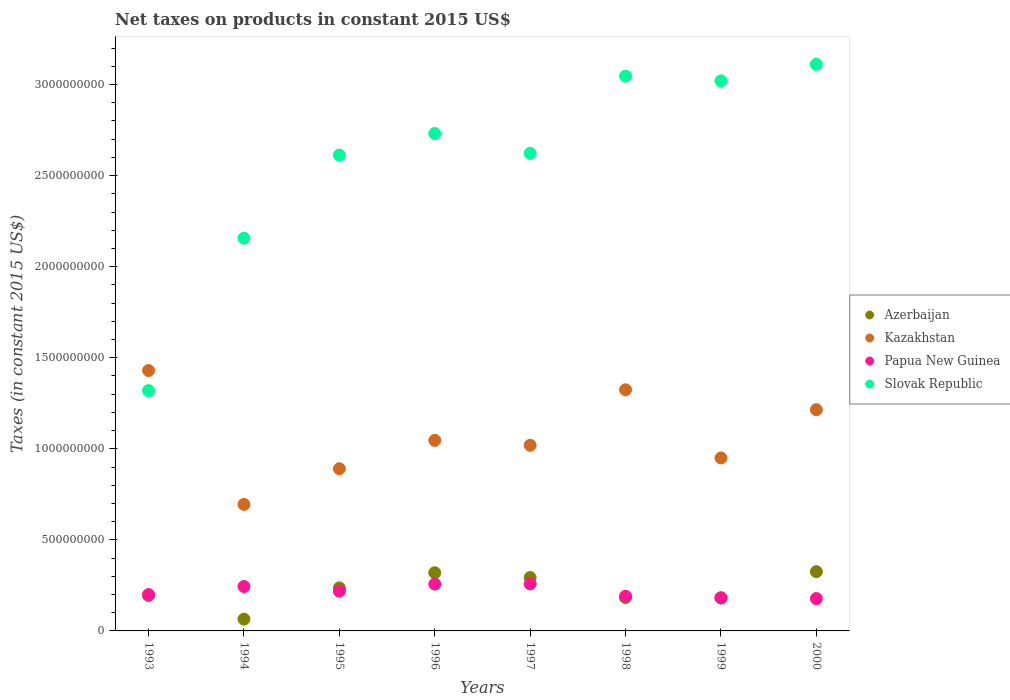
| Years | Azerbaijan | Kazakhstan | Papua New Guinea | Slovak Republic |
 | --- | --- | --- | --- | --- |
 | 1993 | 1.94e+08 | 1.43e+09 | 2e+08 | 1.32e+09 |
 | 1994 | 6.47e+07 | 6.94e+08 | 2.44e+08 | 2.16e+09 |
 | 1995 | 2.36e+08 | 8.91e+08 | 2.19e+08 | 2.61e+09 |
 | 1996 | 3.2e+08 | 1.05e+09 | 2.57e+08 | 2.73e+09 |
 | 1997 | 2.93e+08 | 1.02e+09 | 2.58e+08 | 2.62e+09 |
 | 1998 | 1.83e+08 | 1.32e+09 | 1.9e+08 | 3.05e+09 |
 | 1999 | 1.81e+08 | 9.5e+08 | 1.82e+08 | 3.02e+09 |
 | 2000 | 3.25e+08 | 1.21e+09 | 1.78e+08 | 3.11e+09 |